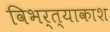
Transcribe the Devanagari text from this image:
विभर्त्याकाश